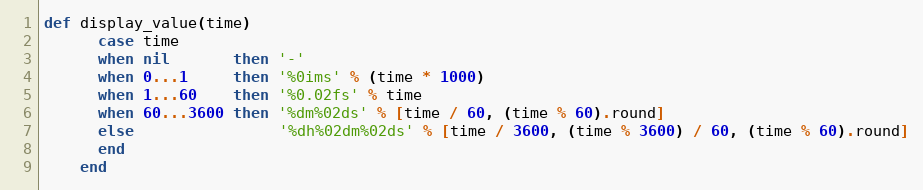
Language: Ruby
def display_value(time)
      case time
      when nil       then '-'
      when 0...1     then '%0ims' % (time * 1000)
      when 1...60    then '%0.02fs' % time
      when 60...3600 then '%dm%02ds' % [time / 60, (time % 60).round]
      else                '%dh%02dm%02ds' % [time / 3600, (time % 3600) / 60, (time % 60).round]
      end
    end